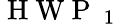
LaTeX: \mathrm{~H~W~P~}_{\mathrm{~1~}}